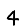
Digit: 4